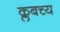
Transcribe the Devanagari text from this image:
क्लबच्य